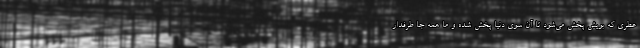
عطری که بویش پخش می‌شود تا آن سوی دنیا پخش شده و ما همه جا طرفدار